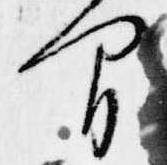
間